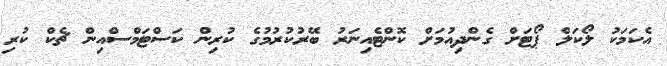
އެކަމަކު ލޯކަލް ޕޯޓަށް ގެންދިއުމަށް ކޮންޓެއިނަރު ބޭރުކުރުމުގެ ކުރިން ކަސްޓަމްސްއިން ޗެކް ކުރި